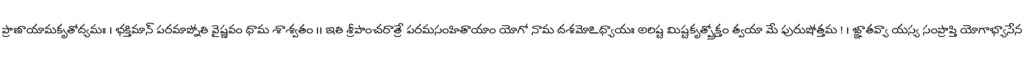
ప్రాణాయామకృతోద్యమః । భక్తిమాన్ పరమాప్నోతి వైష్ణవం ధామ శాశ్వతం ।। ఇతి శ్రీపాంచరాత్రే పరమసంహితాయాం యోగో నామ దశమోఽధ్యాయః అరిష్ట మిష్టకృత్ప్రోక్తం త్వయా మే పురుషోత్తమ ! । జ్ఞాతవ్యా యస్య సంప్రాప్తి యోగాభ్యాసేన